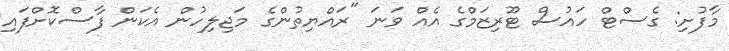
މާފުށި: ގެސްޓް ހައުސް ޓޫރިޒަމްގެ އެއް ވަނަ "ރައްޔިތުންގެ މަޖިލިހުން އެކަން ފާސްކޮށްފައި